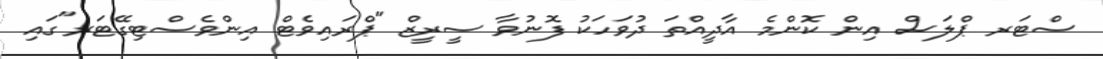
ސްޓަރ ޕްލަސް އިން ކޮންމެ އާދީއްތަ ދުވަހަކު ފޮނުވާ ސީރީޒް "ޕްރައިވެޓް އިންވެސްޓިގޭޓަރ"ގައި